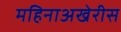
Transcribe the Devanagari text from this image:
महिनाअखेरीस